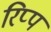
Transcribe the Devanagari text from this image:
रिप्प